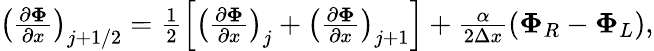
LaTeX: \begin{array}{r}{\left(\frac{\partial\mathbf{\Phi}}{\partial x}\right)_{j+1/2}=\frac{1}{2}\left[\left(\frac{\partial\mathbf{\Phi}}{\partial x}\right)_{j}+\left(\frac{\partial\mathbf{\Phi}}{\partial x}\right)_{j+1}\right]+\frac{\alpha}{2\Delta x}\left(\mathbf{\Phi}_{R}-\mathbf{\Phi}_{L}\right),}\end{array}